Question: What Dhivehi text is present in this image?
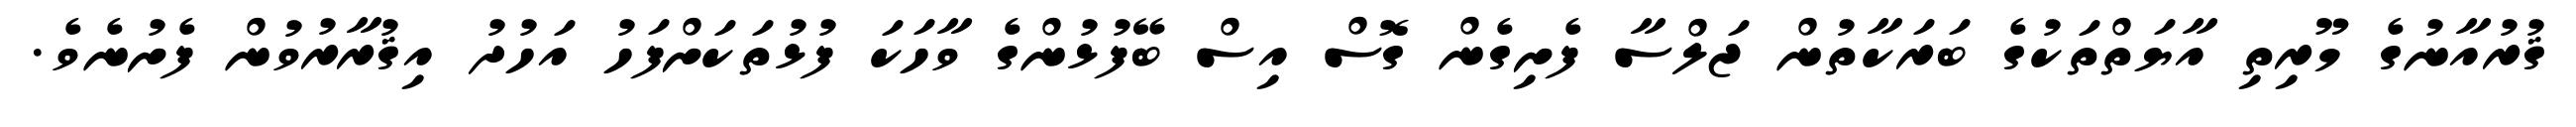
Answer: ޤުރުއާނުގެ މޫރިތި އާޔަތްތަކުގެ ބަރަކާތުން ޖަލްސާ ފެށިގެން ގޮސް އިސް ބޭފުޅުންގެ ވާހަކަ ފުޅުތަކަށްފަހު އަހުދު އިޤުރާރުވުން ފެށުނެވެ.